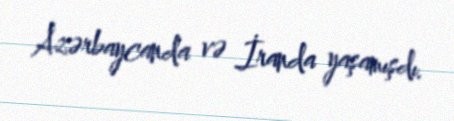
Azərbaycanda və İranda yaşamışdı.